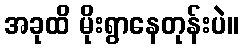
အခုထိ မိုးရွာနေတုန်းပဲ။